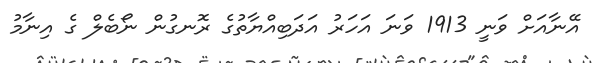
އޭނާއަށް ވަނީ 1913 ވަނަ އަހަރު އަދަބިއްޔާތުގެ ރޮނގުން ނޯބެލް ގެ އިނާމު